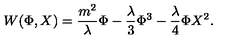
W ( \Phi , X ) = \frac { m ^ { 2 } } { \lambda } \Phi - \frac { \lambda } { 3 } \Phi ^ { 3 } - \frac { \lambda } { 4 } \Phi X ^ { 2 } .